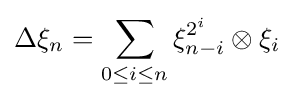
\Delta \xi _{n}=\sum _{0\leq i\leq n}\xi _{n-i}^{2^{i}}\otimes \xi _{i}